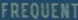
FREQUENT